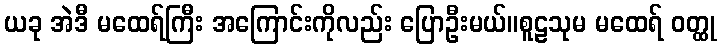
ယခု အဲဒီ မထေရ်ကြီး အကြောင်းကိုလည်း ပြောဦးမယ်။စူဠသုမ မထေရ် ဝတ္ထု